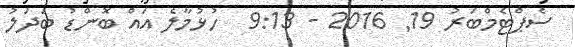
ސެޕްޓެމްބަރު 19